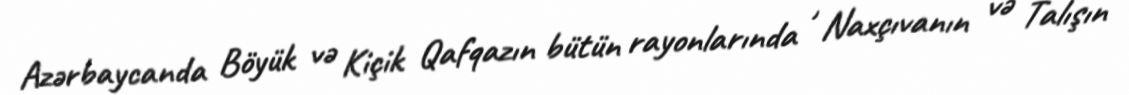
Azərbaycanda Böyük və Kiçik Qafqazın bütün rayonlarında , Naxçıvanın və Talışın